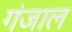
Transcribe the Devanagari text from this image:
गंजाल